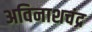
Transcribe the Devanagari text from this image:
अविनाशचंद्र